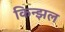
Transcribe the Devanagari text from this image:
किन्झल